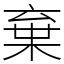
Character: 棄